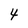
Character: 4